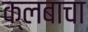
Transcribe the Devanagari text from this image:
क्लबाचा